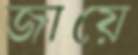
জায়ে